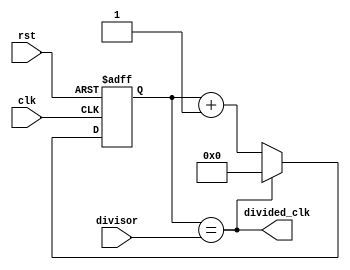
module clock_divider(
  input wire clk,
  input wire rst,
  input wire [7:0] divisor,
  output wire divided_clk
);

reg [7:0] counter;

always @(posedge clk or posedge rst) begin
  if(rst) begin
    counter <= 8'b0;
  end
  else begin
    if(counter == divisor) begin
      counter <= 8'b0;
    end
    else begin
      counter <= counter + 1;
    end
  end
end

assign divided_clk = (counter == divisor);

endmodule